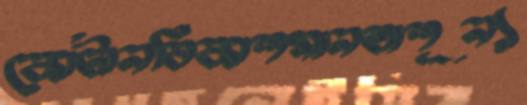
কোটানবিকাশমানতাশূন্য